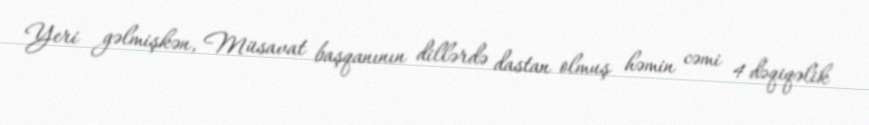
Yeri gəlmişkən, Müsavat başqanının dillərdə dastan olmuş həmin cəmi 4 dəqiqəlik